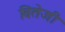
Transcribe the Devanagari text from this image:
वितेजी